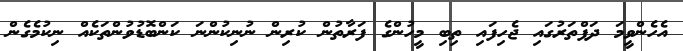
އެހެންވީމަ ދަފްތަރުގައި ޖެހިފައި ތިބި މީހުންގެ ފަރާތުން ކުރިން ނުނިކުންނަ ކަންބޮޑުވުންތަކެއް ނިކުމެގެން